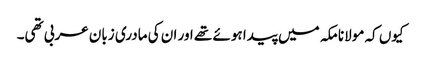
کیوں کہ مولانا مکہ میں پیدا ہوئے تھے اور ان کی مادری زبان عربی تھی۔